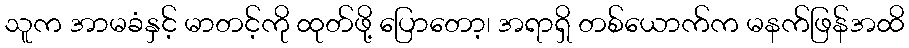
သူက အာမခံနှင့် မာတင့်ကို ထုတ်ဖို့ ပြောတော့၊ အရာရှိ တစ်ယောက်က မနက်ဖြန်အထိ